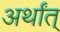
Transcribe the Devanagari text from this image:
अर्थांत्‌